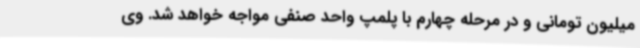
میلیون تومانی و در مرحله چهارم با پلمپ واحد صنفی مواجه خواهد شد. وی